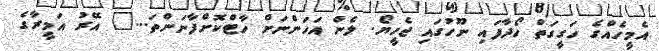
އެމީހެއްގެ ހަގީގަތް ހޯދާފައި ނޫހުގައި ޖެހީޔޯ. ލެން އަހަންނަށް ހާޓްކޮށްފާނަންތަ..." އޭރު އަމީރާގެ